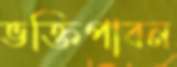
ভক্তিপাবন